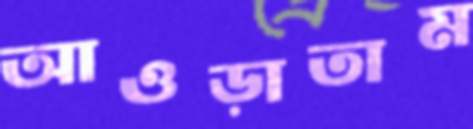
আওড়াতাম